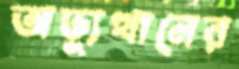
অভ্যূত্থানের